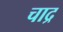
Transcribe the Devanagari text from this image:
चाद्र